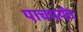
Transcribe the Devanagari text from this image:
पाचपर्यंत